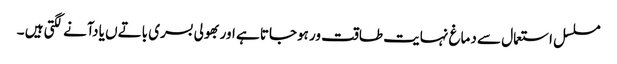
مسلسل استعمال سے دماغ نہایت طاقت ور ہوجاتا ہے اور بھولی بسری باتےں یا دآنے لگتی ہیں ۔